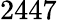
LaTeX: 2447